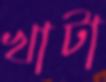
খাটা